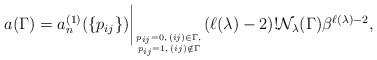
\begin{gather*}a(\Gamma) = a_{n}^{(1)}(\{p_{ij}\}) \bigg\vert_{p_{ij}=0,\, (ij) \in \Gamma,\atop p_{ij}=1, \, (ij) \notin \Gamma} (\ell(\lambda)-2) ! {\cal{N}}_{\lambda}(\Gamma)\beta^{\ell(\lambda)-2},\end{gather*}